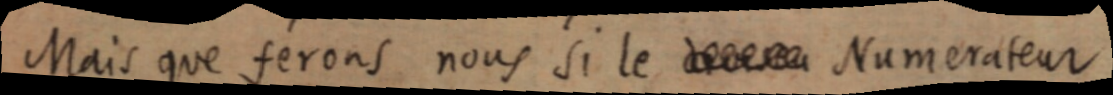
Mais que ferons nous si le [dénom] Numérateur